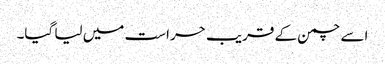
اسے چمن کے قریب حراست میں لیا گیا۔